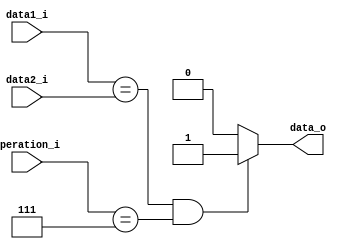
module Equal
(
    data1_i,
    data2_i,
    operation_i,
    data_o
);

input	[31:0]	data1_i;
input	[31:0]	data2_i;
output			data_o;

reg				data_o;
reg				temp_data_o;
input	[3:0]	operation_i;



always@ (*) begin
	temp_data_o = 1'b0;
	if (data1_i == data2_i && operation_i == 4'b0111) 
		temp_data_o = 1'b1;  
	else 
		temp_data_o = 1'b0;
	data_o = temp_data_o;
end
//assign  data_o = temp_data_o;
endmodule